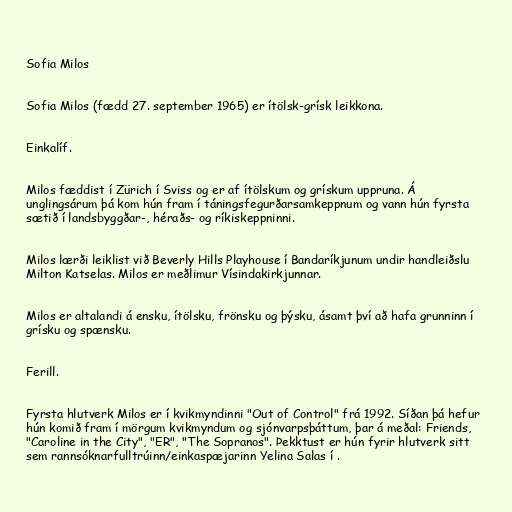
Sofia Milos

Sofia Milos (fædd 27. september 1965) er ítölsk-grísk leikkona.

Einkalíf.

Milos fæddist í Zürich í Sviss og er af ítölskum og grískum uppruna. Á
unglingsárum þá kom hún fram í táningsfegurðarsamkeppnum og vann hún fyrsta
sætið í landsbyggðar-, héraðs- og ríkiskeppninni.

Milos lærði leiklist við Beverly Hills Playhouse í Bandaríkjunum undir handleiðslu
Milton Katselas. Milos er meðlimur Vísindakirkjunnar.

Milos er altalandi á ensku, ítölsku, frönsku og þýsku, ásamt því að hafa grunninn í
grísku og spænsku.

Ferill.

Fyrsta hlutverk Milos er í kvikmyndinni "Out of Control" frá 1992. Síðan þá hefur
hún komið fram í mörgum kvikmyndum og sjónvarpsþáttum, þar á meðal: Friends,
"Caroline in the City", "ER", "The Sopranos". Þekktust er hún fyrir hlutverk sitt
sem rannsóknarfulltrúinn/einkaspæjarinn Yelina Salas í .